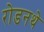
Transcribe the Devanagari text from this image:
रोडनथे